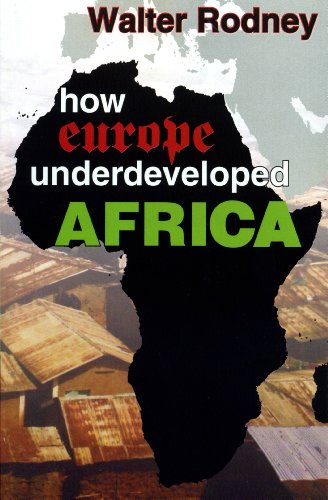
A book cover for How Europe Underdeveloped Africa; Walter Rodney; Business & Money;